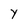
Character: Y